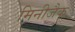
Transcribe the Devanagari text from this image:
मिनीजैक